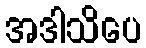
အဒါသိပေ